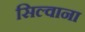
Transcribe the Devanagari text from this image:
सिल्वाना